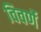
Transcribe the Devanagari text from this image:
विवर्णे